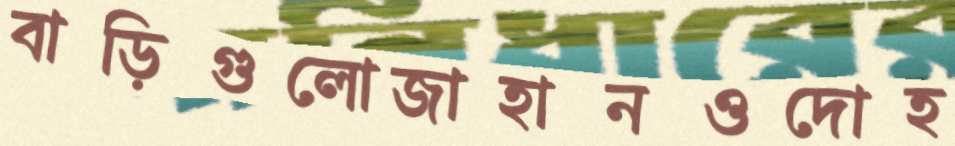
বাড়িগুলোজাহানওদোহ